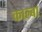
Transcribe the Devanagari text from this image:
काल्बा